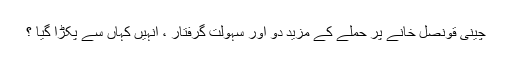
چینی قونصل خانے پر حملے کے مزید دو اور سہولت گرفتار ، انہیں کہاں سے پکڑا گیا ؟